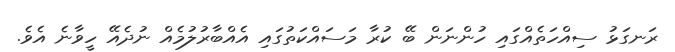
ރަނގަޅު ސިއްހަތެއްގައި ހުންނަން ބޭ ކުރާ މަސައްކަތުގައި އެއްބާރުލުމެއް ނުދެއޭ ހީވާނެ އެވެ.